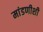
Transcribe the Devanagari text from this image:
मांडणीशी